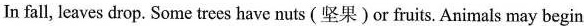
In fall, leaves drop. Some trees have nuts (坚果)or fruits. Animals may begin